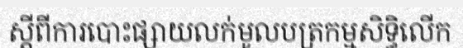
ស្តីពីការបោះផ្សាយលក់មូលបត្រកម្មសិទ្ធិលើក